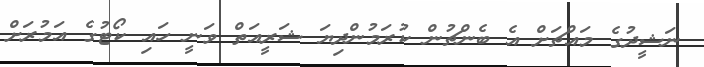
ނަޝީދުގެ މައްޗަށް އެ ބެންޗުން ކުރަމުންދިޔަ ޝަރީއަތް ވަނީ ހައި ކޯޓުގެ އަމުރަށް